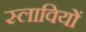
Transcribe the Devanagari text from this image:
स्लावियों